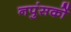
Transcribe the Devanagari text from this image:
नपुंसकों